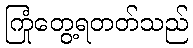
ကြုံတွေ့ရတတ်သည်